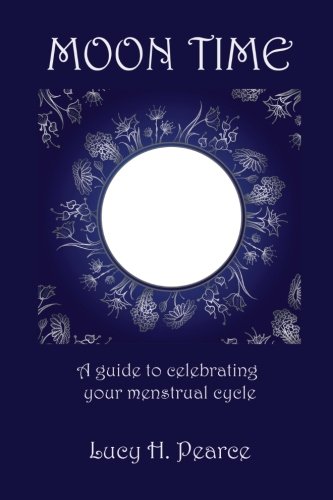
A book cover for Moon Time: A guide to celebrating your menstrual cycle; Lucy H Pearce; Health, Fitness & Dieting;